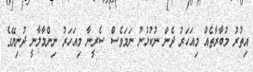
އިތުރު މުބާރާތެއް މިއަހަރު ދެން ނުކުޅުނު ނަމަވެސް ސެރީނާ މިއަހަރު ނިންމާލާނީ ދުނިޔޭގެ